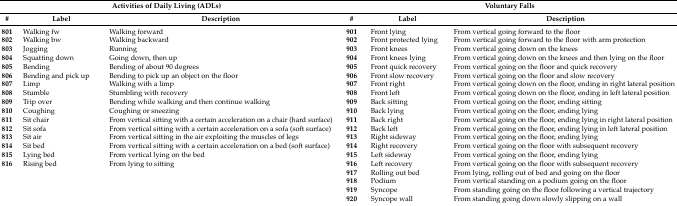
<table><thead><tr><td colspan="3"><b>Activities of Daily Living (ADLs)</b></td><td colspan="3"><b>Voluntary Falls</b></td></tr><tr><td><b>#</b></td><td><b>Label</b></td><td><b>Description</b></td><td><b>#</b></td><td><b>Label</b></td><td><b>Description</b></td></tr></thead><tbody><tr><td><b>801</b></td><td>Walking fw</td><td>Walking forward</td><td><b>901</b></td><td>Front lying</td><td>From vertical going forward to the floor</td></tr><tr><td><b>802</b></td><td>Walking bw</td><td>Walking backward</td><td><b>902</b></td><td>Front protected lying</td><td>From vertical going forward to the floor with arm protection</td></tr><tr><td><b>803</b></td><td>Jogging</td><td>Running</td><td><b>903</b></td><td>Front knees</td><td>From vertical going down on the knees</td></tr><tr><td><b>804</b></td><td>Squatting down</td><td>Going down, then up</td><td><b>904</b></td><td>Front knees lying</td><td>From vertical going down on the knees and then lying on the floor</td></tr><tr><td><b>805</b></td><td>Bending</td><td>Bending of about 90 degrees</td><td><b>905</b></td><td>Front quick recovery</td><td>From vertical going on the floor and quick recovery</td></tr><tr><td><b>806</b></td><td>Bending and pick up</td><td>Bending to pick up an object on the floor</td><td><b>906</b></td><td>Front slow recovery</td><td>From vertical going on the floor and slow recovery</td></tr><tr><td><b>807</b></td><td>Limp</td><td>Walking with a limp</td><td><b>907</b></td><td>Front right</td><td>From vertical going down on the floor, ending in right lateral position</td></tr><tr><td><b>808</b></td><td>Stumble</td><td>Stumbling with recovery</td><td><b>908</b></td><td>Front left</td><td>From vertical going down on the floor, ending in left lateral position</td></tr><tr><td><b>809</b></td><td>Trip over</td><td>Bending while walking and then continue walking</td><td><b>909</b></td><td>Back sitting</td><td>From vertical going on the floor, ending sitting</td></tr><tr><td><b>810</b></td><td>Coughing</td><td>Coughing or sneezing</td><td><b>910</b></td><td>Back lying</td><td>From vertical going on the floor, ending lying</td></tr><tr><td><b>811</b></td><td>Sit chair</td><td>From vertical sitting with a certain acceleration on a chair (hard surface)</td><td><b>911</b></td><td>Back right</td><td>From vertical going on the floor, ending lying in right lateral position</td></tr><tr><td><b>812</b></td><td>Sit sofa</td><td>From vertical sitting with a certain acceleration on a sofa (soft surface)</td><td><b>912</b></td><td>Back left</td><td>From vertical going on the floor, ending lying in left lateral position</td></tr><tr><td><b>813</b></td><td>Sit air</td><td>From vertical sitting in the air exploiting the muscles of legs</td><td><b>913</b></td><td>Right sideway</td><td>From vertical going on the floor, ending lying</td></tr><tr><td><b>814</b></td><td>Sit bed</td><td>From vertical sitting with a certain acceleration on a bed (soft surface)</td><td><b>914</b></td><td>Right recovery</td><td>From vertical going on the floor with subsequent recovery</td></tr><tr><td><b>815</b></td><td>Lying bed</td><td>From vertical lying on the bed</td><td><b>915</b></td><td>Left sideway</td><td>From vertical going on the floor, ending lying</td></tr><tr><td><b>816</b></td><td>Rising bed</td><td>From lying to sitting</td><td><b>916</b></td><td>Left recovery</td><td>From vertical going on the floor with subsequent recovery</td></tr><tr><td></td><td></td><td></td><td><b>917</b></td><td>Rolling out bed</td><td>From lying, rolling out of bed and going on the floor</td></tr><tr><td></td><td></td><td></td><td><b>918</b></td><td>Podium</td><td>From vertical standing on a podium going on the floor</td></tr><tr><td></td><td></td><td></td><td><b>919</b></td><td>Syncope</td><td>From standing going on the floor following a vertical trajectory</td></tr><tr><td></td><td></td><td></td><td><b>920</b></td><td>Syncope wall</td><td>From standing going down slowly slipping on a wall</td></tr></tbody></table>